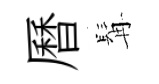
曆髯